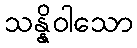
သန္နိဝါသော